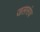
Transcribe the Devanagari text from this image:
जलसंघ